Vaccination in the Punjab 1905-1918 - 1905-1918
Year: 1905
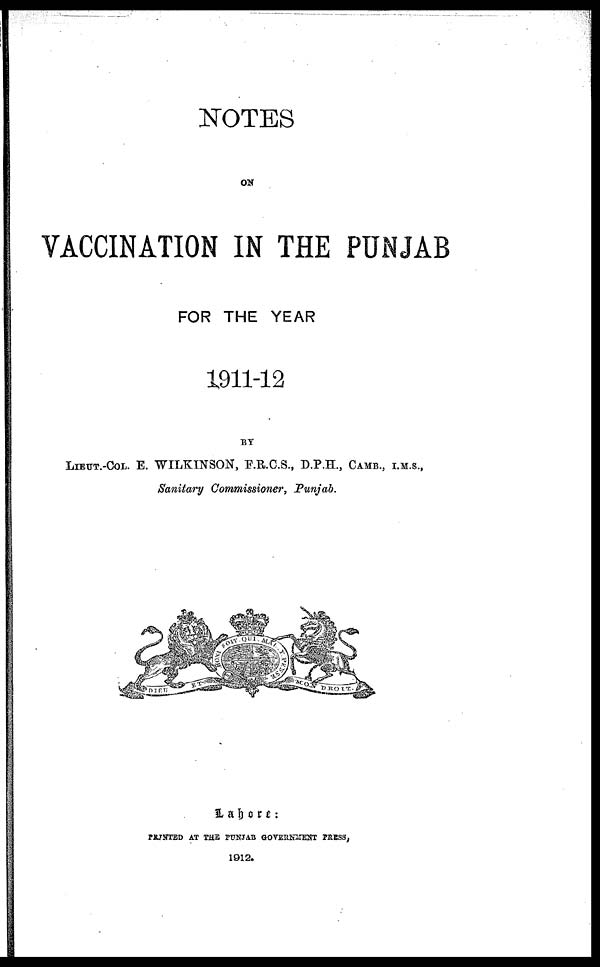
NOTES
ON
VACCINATION IN THE PUNJAB
FOR THE YEAR
1911-12
BY
LIEUT.-COL. E. WILKINSON, F.R.C.S., D.P.H., CAMB., I.M.S.,
Sanitary Commissioner, Punjab.
Lahore:
PRINTED AT THE PUNJAB GOVERNMENT PRESS,
1912.